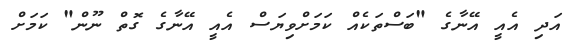
އަދި އެއީ އޭނާގެ "ބަސްތަކެއް ކަމަށްވިޔަސް އެއީ އޭނާގެ ގޮތް ނޫން" ކަމަށް